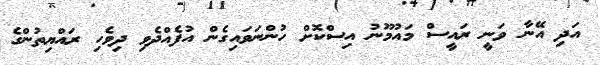
އަދި އޭނާ ވަނީ ރައީސް މައުމޫނު އިސްކޮށް ހުންނަވައިގެން އުފެއްދެވި ދިވެހި ރައްޔިތުންގެ